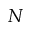
N